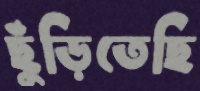
ছুঁড়িতেছি